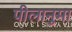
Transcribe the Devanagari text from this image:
पीलानुमा